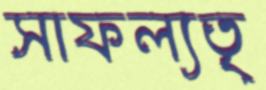
সাফল্যতৃ